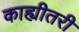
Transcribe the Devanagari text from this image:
काह्यीतरी